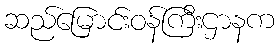
ဆည်မြောင်းဝန်ကြီးဌာနက